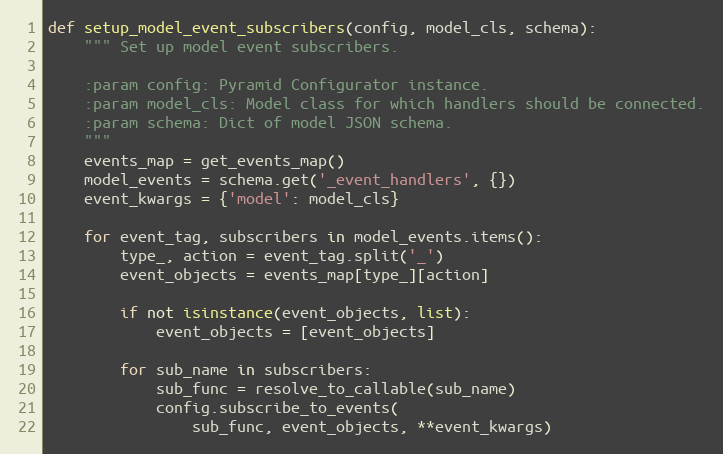
Language: Python
def setup_model_event_subscribers(config, model_cls, schema):
    """ Set up model event subscribers.

    :param config: Pyramid Configurator instance.
    :param model_cls: Model class for which handlers should be connected.
    :param schema: Dict of model JSON schema.
    """
    events_map = get_events_map()
    model_events = schema.get('_event_handlers', {})
    event_kwargs = {'model': model_cls}

    for event_tag, subscribers in model_events.items():
        type_, action = event_tag.split('_')
        event_objects = events_map[type_][action]

        if not isinstance(event_objects, list):
            event_objects = [event_objects]

        for sub_name in subscribers:
            sub_func = resolve_to_callable(sub_name)
            config.subscribe_to_events(
                sub_func, event_objects, **event_kwargs)